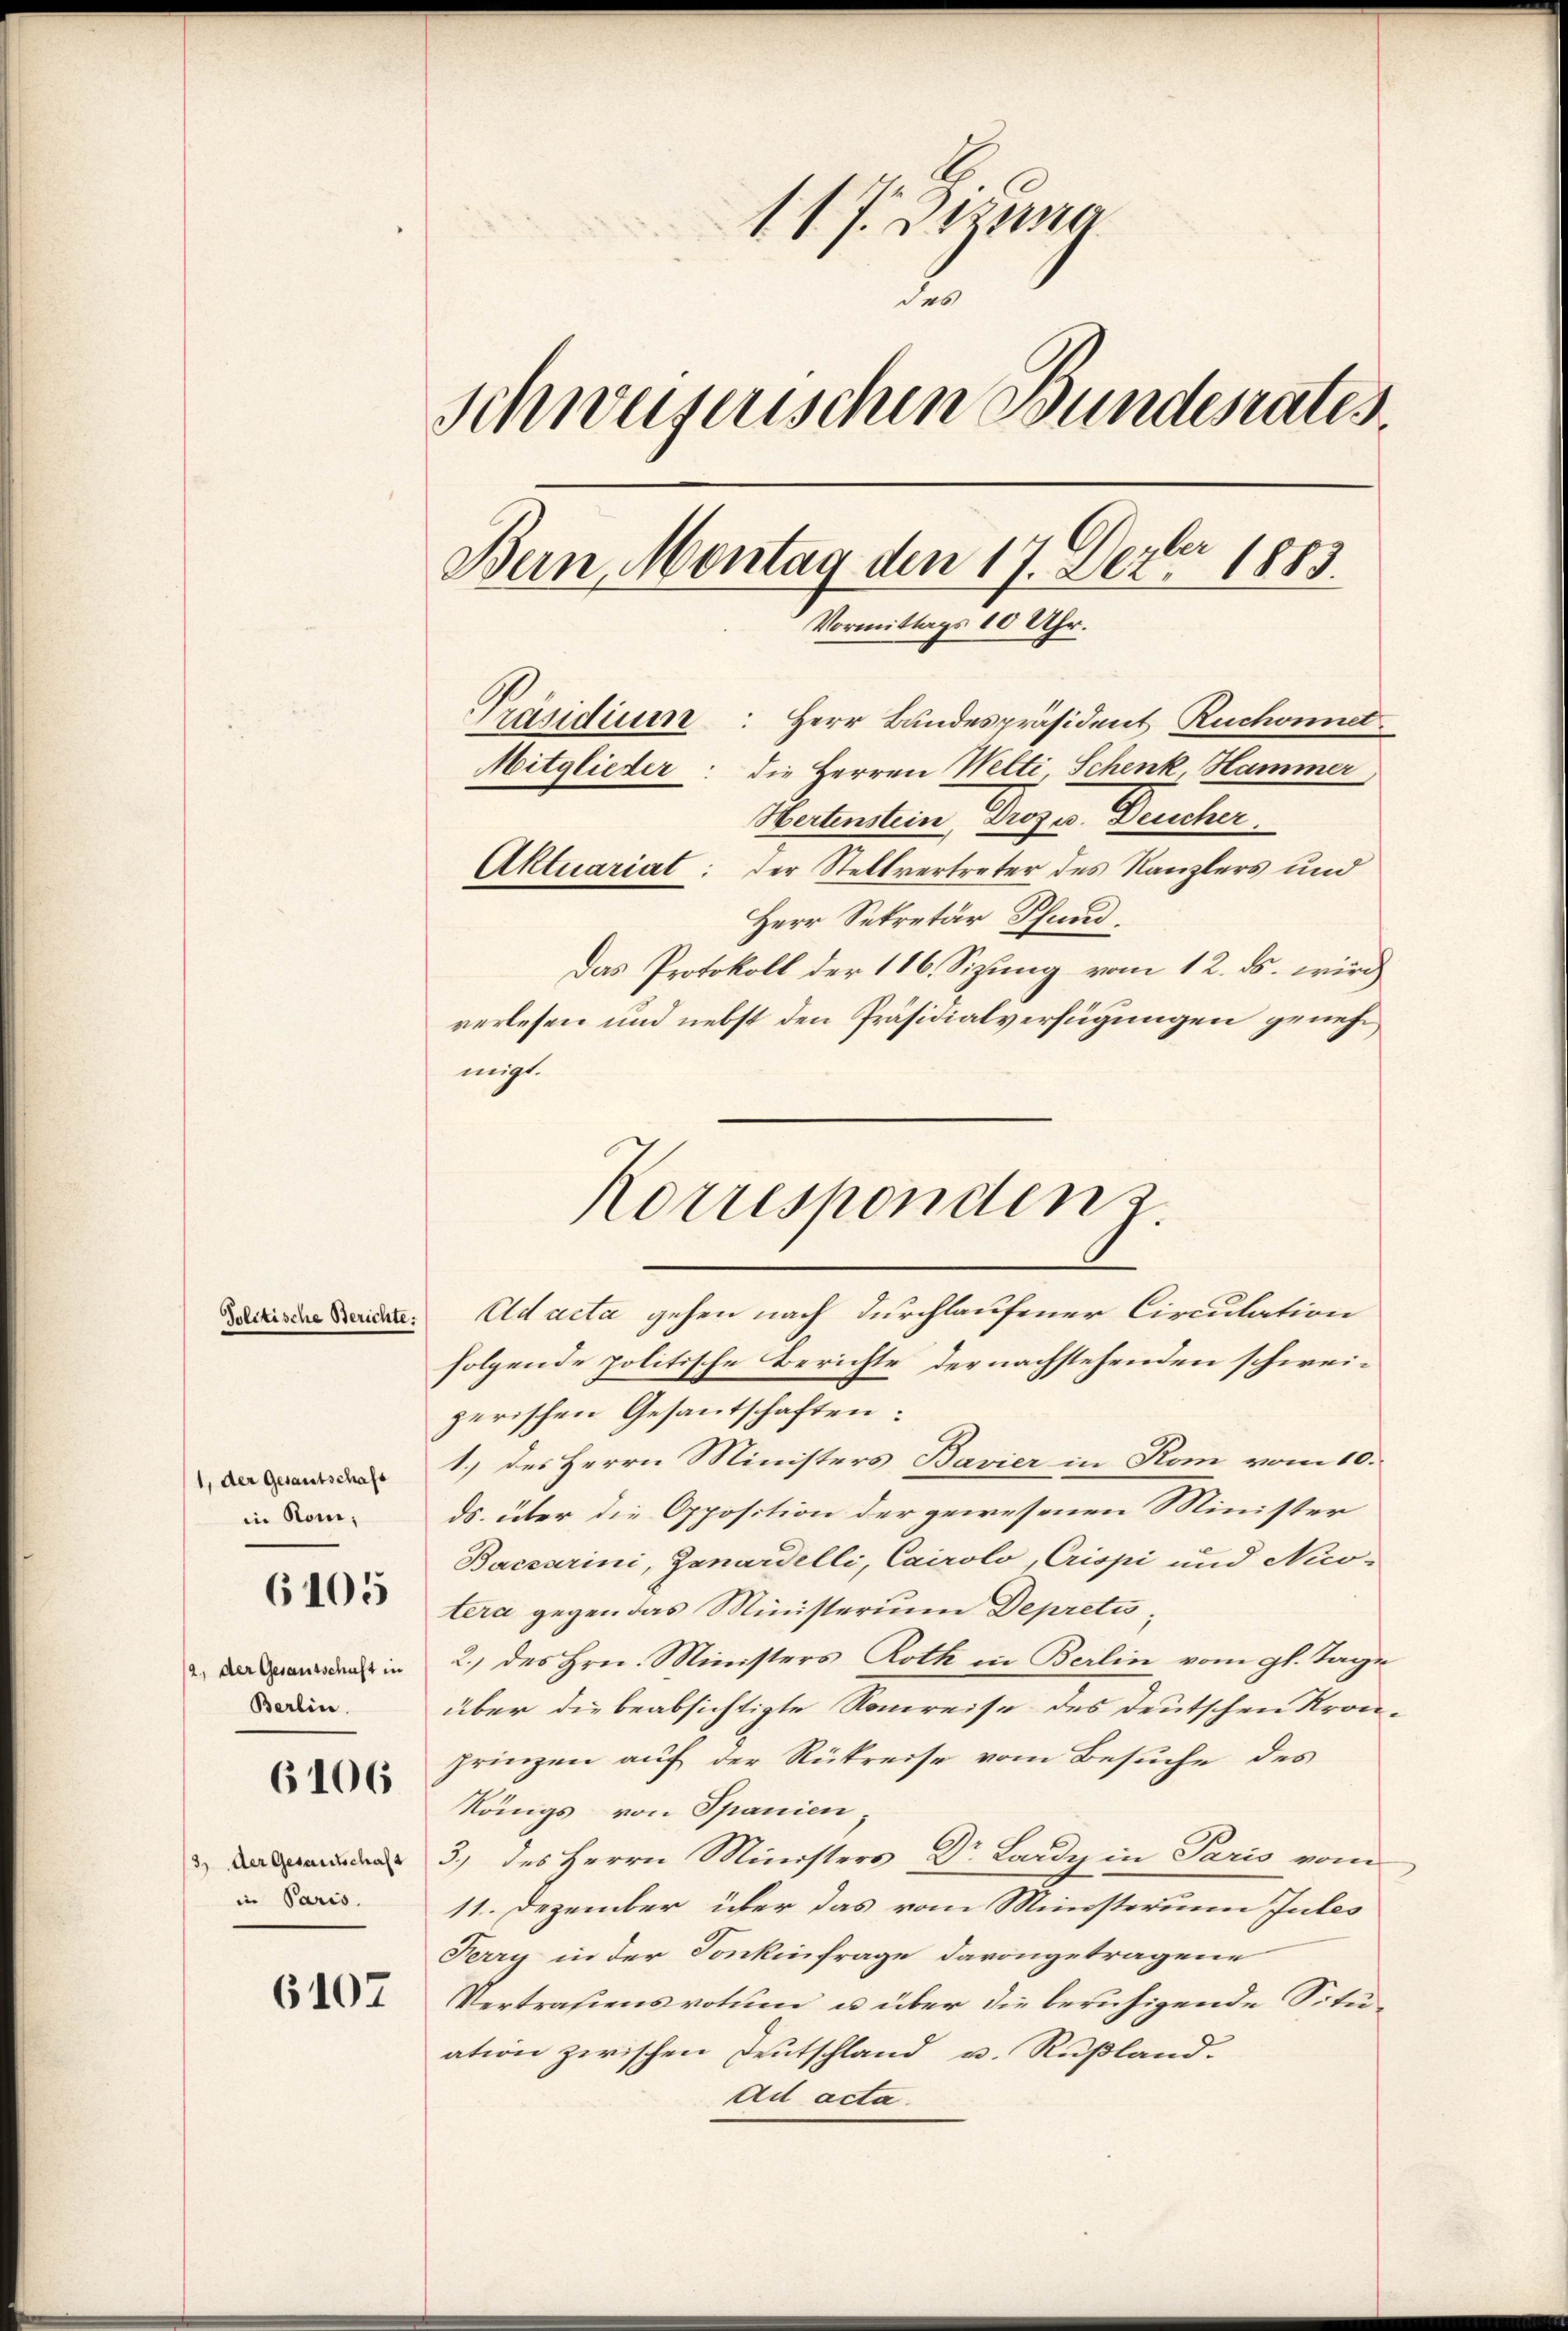
1, der Gesantschaft
in Rom,
6105
/2, der Gesantschaft in
Berlin.

6106

3) der Gesandtschaft
in Paris.

6107

117. Dezuna
2.
Schweizerischen Bundesrates.
Bern, Montag den 17. Dezbr 1883.
Vormittags 10 Uhr.
Präsidium: Herr Bundespräsident Ruchonnet
Mitglieder: die Herren Welti Schenk, Hammer
Hertenstein Profes Deucher
Aktuariat: der Stellvertreter des Kanzlers und
Herr Sekretär Pfand,
Das Protokoll der 116. Sizung vom 12. ds. wird
verlesen und nebst den Präsidialverfügungen genehm,
migt.

Korrespondenz

en. Ad acta gehen nach durchlaufener Circulation
folgende politische Berichte der nachstehenden schweizerischen Gesantschaften:
1.) des Herrn Ministers Bavier in Rom vom 10.
ds. über die Opposition der gewesenen Minister
Baccarini, Zanardelli, Cairolo, Crispi und Nuo-
tera gegen das Ministerium Depretis,
2.) des Hrn. Ministers Roth in Berlin vom gl. Tage
aber die beabsichtigte Konreise des deutschen Kron-
grinzen auf der Rükreise vom Besuche des
Königs von Spanien
3.) des Herrn Ministers Dr. Lardy in Paris vom
11. Dezember über das vom Ministerium Jules
Ferry in der Sonkinfrage davongetragene
Vertrafiens votum u über die beruhigende Situation zwischen Deutschland u. Rußland.
Ad acta.